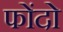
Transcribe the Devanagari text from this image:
फोंदो